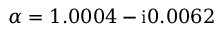
\alpha = 1 . 0 0 0 4 - \mathrm { i } 0 . 0 0 6 2